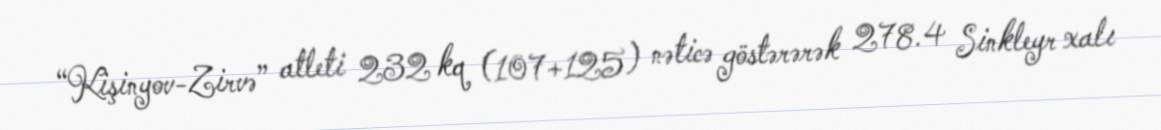
“Kişinyov-Zirvə” atleti 232 kq (107+125) nəticə göstərərək 278.4 Sinkleyr xalı